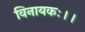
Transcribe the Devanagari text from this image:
विनायकः।।